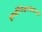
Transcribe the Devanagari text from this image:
हार्मोनिअमवादनाचे